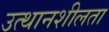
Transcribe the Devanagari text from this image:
उत्थानशीलता